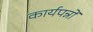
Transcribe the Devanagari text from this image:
कार्यपन्नों